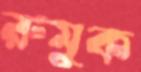
রুমুক